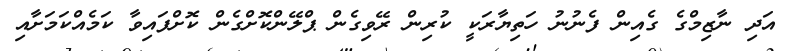
އަދި ނާޒިމްގެ ގެއިން ފެނުނު ހަތިޔާރަކީ ކުރިން ރޭވިގެން ޕްލޭންކޮށްގެން ކޮށްފައިވާ ކަމެއްކަމަށާއި